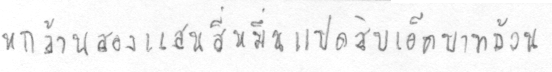
หกล้านสองแสนสี่หมื่นแปดสิบเอ็ดบาทถ้วน